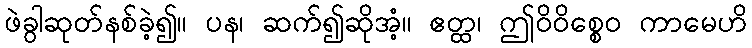
ဖဲခွါဆုတ်နစ်ခဲ့၍။ ပန၊ ဆက်၍ဆိုအံ့။ ဧတ္ထ၊ ဤဝိဝိစ္စေဝ ကာမေဟိ